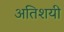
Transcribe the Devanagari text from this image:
अतिशयी